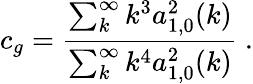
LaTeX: c_{g}=\frac{\sum_{k}^{\infty}k^{3}a_{1,0}^{2}(k)}{\sum_{k}^{\infty}k^{4}a_{1,0}^{2}(k)}\ .